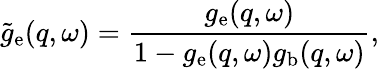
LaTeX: \tilde{g}_{\mathrm{e}}(q,\omega)=\frac{g_{\mathrm{e}}(q,\omega)}{1-g_{\mathrm{e}}(q,\omega)g_{\mathrm{b}}(q,\omega)},